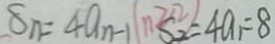
S _ { n } = 4 a _ { n - 1 } S _ { 2 } = 4 a _ { 1 } = 8